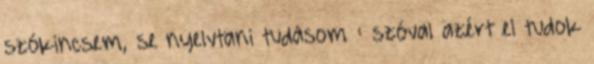
szókincsem, se nyelvtani tudásom : szóval azért el tudok